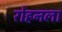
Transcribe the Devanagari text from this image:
रोहनला